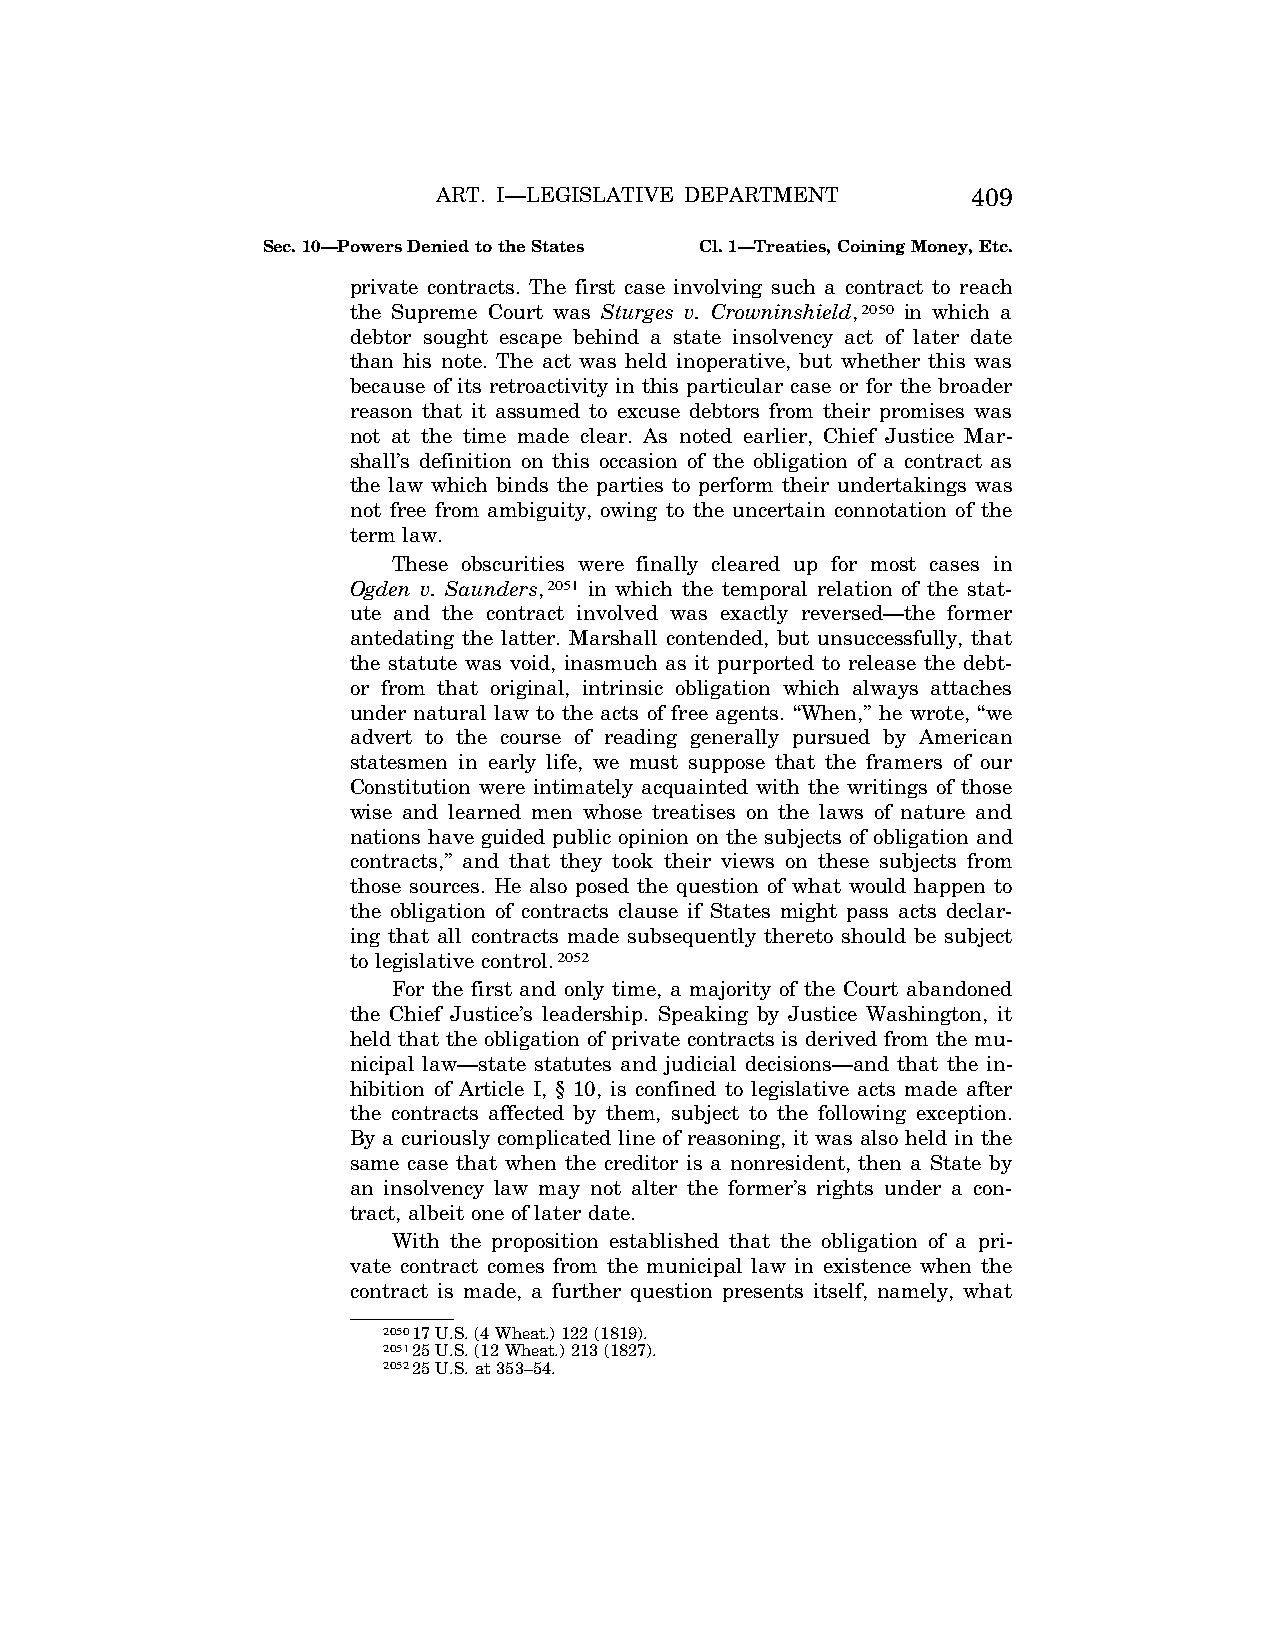
ART. I—LEGISLATIVE DEPARTMENT      409
 Sec. 10—Powers Denied to the States Cl. 1—Treaties, Coining Money, Etc.
 private contracts. The first case involving such a contract to reach
 the Supreme Court was Sturges v. Crowninshield,2050 in which a
 debtor sought escape behind a state insolvency act of later date
 than his note. The act was held inoperative, but whether this was
 because of its retroactivity in this particular case or for the broader
 reason that it assumed to excuse debtors from their promises was
 not at the time made clear. As noted earlier, Chief Justice Mar-
 shall’s definition on this occasion of the obligation of a contract as
 the law which binds the parties to perform their undertakings was
 not free from ambiguity, owing to the uncertain connotation of the
 term law.
 These obscurities were finally cleared up for most cases in
 Ogden v. Saunders,2051 in which the temporal relation of the stat-
 ute and the contract involved was exactly reversed—the former
 antedating the latter. Marshall contended, but unsuccessfully, that
 the statute was void, inasmuch as it purported to release the debt-
 or from that original, intrinsic obligation which always attaches
 under natural law to the acts of free agents. ‘‘When,’’ he wrote, ‘‘we
 advert to the course of reading generally pursued by American
 statesmen in early life, we must suppose that the framers of our
 Constitution were intimately acquainted with the writings of those
 wise and learned men whose treatises on the laws of nature and
 nations have guided public opinion on the subjects of obligation and
 contracts,’’ and that they took their views on these subjects from
 those sources. He also posed the question of what would happen to
 the obligation of contracts clause if States might pass acts declar-
 ing that all contracts made subsequently thereto should be subject
 to legislative control.2052
 For the first and only time, a majority of the Court abandoned
 the Chief Justice’s leadership. Speaking by Justice Washington, it
 held that the obligation of private contracts is derived from the mu-
 nicipal law—state statutes and judicial decisions—and that the in-
 hibition of Article I, § 10, is confined to legislative acts made after
 the contracts affected by them, subject to the following exception.
 By a curiously complicated line of reasoning, it was also held in the
 same case that when the creditor is a nonresident, then a State by
 an insolvency law may not alter the former’s rights under a con-
 tract, albeit one of later date.
 With the proposition established that the obligation of a pri-
 vate contract comes from the municipal law in existence when the
 contract is made, a further question presents itself, namely, what
 205017 U.S. (4 Wheat.) 122 (1819).
 205125 U.S. (12 Wheat.) 213 (1827).
 205225 U.S. at 353–54.
 VerDate Apr<14>2004 12:35 Apr 14, 2004 Jkt 077500 PO 00000 Frm 00347 Fmt 8222 Sfmt 8222 C:\CONAN\CON009.SGM PRFM99 PsN: CON009